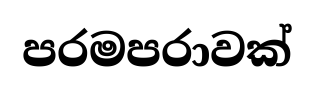
පරමපරාවක්